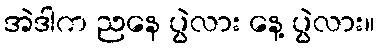
အဲဒါက ညနေ ပွဲလား နေ့ ပွဲလား။